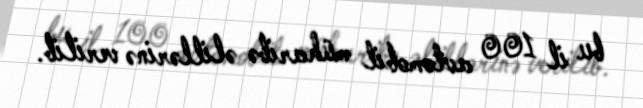
bu il 100 avtomobil müharibə əlillərinə verilib.